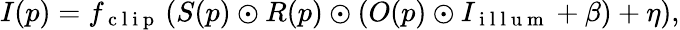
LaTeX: I(p)=f_{\mathrm{~c~l~i~p~}}\left(S(p)\odot R(p)\odot\left(O(p)\odot I_{\mathrm{~i~l~l~u~m~}}+\beta\right)+\eta\right),